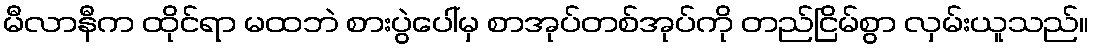
မီလာနီက ထိုင်ရာ မထဘဲ စားပွဲပေါ်မှ စာအုပ်တစ်အုပ်ကို တည်ငြိမ်စွာ လှမ်းယူသည်။